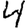
Digit: 4